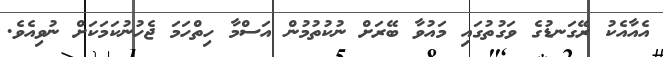
އެއާއެކު ރޭގަނޑުގެ ވަގުތުގައި މައުވާ ބޭރަށް ނުކުތުމުން އަސްމާ ހިތްހަމަ ޖެހުނުކަމަކަށް ނުވިއެވެ.